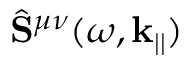
\hat { \mathbf { S } } ^ { \mu \nu } ( \omega , \mathbf { k } _ { | | } )